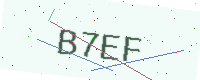
Text: B7EF